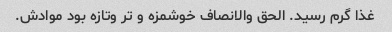
غذا گرم رسید. الحق والانصاف خوشمزه و تر وتازه بود موادش.